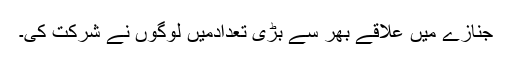
جنازے میں علاقے بھر سے بڑی تعدادمیں لوگوں نے شرکت کی۔